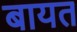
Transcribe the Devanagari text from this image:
बायत